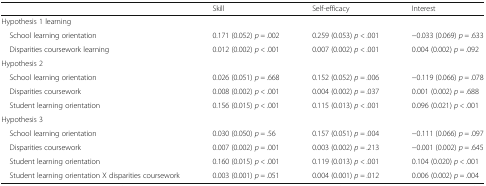
<table><thead><tr><td></td><td><b>Skill</b></td><td><b>Self-efficacy</b></td><td><b>Interest</b></td></tr></thead><tbody><tr><td colspan="4">Hypothesis 1 learning</td></tr><tr><td> School learning orientation</td><td>0.171 (0.052) <i>p =</i> .002</td><td>0.259 (0.053) <i>p &lt;</i> .001</td><td>−0.033 (0.069) <i>p =</i> .633</td></tr><tr><td> Disparities coursework learning</td><td>0.012 (0.002) <i>p &lt;</i> .001</td><td>0.007 (0.002) <i>p &lt;</i> .001</td><td>0.004 (0.002) <i>p =</i> .092</td></tr><tr><td colspan="4">Hypothesis 2</td></tr><tr><td> School learning orientation</td><td>0.026 (0.051) <i>p =</i> .668</td><td>0.152 (0.052) <i>p =</i> .006</td><td>−0.119 (0.066) <i>p =</i> .078</td></tr><tr><td> Disparities coursework</td><td>0.008 (0.002) <i>p &lt;</i> .001</td><td>0.004 (0.002) <i>p =</i> .037</td><td>0.001 (0.002) <i>p =</i> .688</td></tr><tr><td> Student learning orientation</td><td>0.156 (0.015) <i>p &lt;</i> .001</td><td>0.115 (0.013) <i>p &lt;</i> .001</td><td>0.096 (0.021) <i>p &lt;</i> .001</td></tr><tr><td colspan="4">Hypothesis 3</td></tr><tr><td> School learning orientation</td><td>0.030 (0.050) <i>p =</i> .56</td><td>0.157 (0.051) <i>p =</i> .004</td><td>−0.111 (0.066) <i>p =</i> .097</td></tr><tr><td> Disparities coursework</td><td>0.007 (0.002) <i>p =</i> .001</td><td>0.003 (0.002) <i>p =</i> .213</td><td>−0.001 (0.002) <i>p =</i> .645</td></tr><tr><td> Student learning orientation</td><td>0.160 (0.015) <i>p &lt;</i> .001</td><td>0.119 (0.013) <i>p &lt;</i> .001</td><td>0.104 (0.020) <i>p &lt;</i> .001</td></tr><tr><td> Student learning orientation X disparities coursework</td><td>0.003 (0.001) <i>p =</i> .051</td><td>0.004 (0.001) <i>p =</i> .012</td><td>0.006 (0.002) <i>p =</i> .004</td></tr></tbody></table>